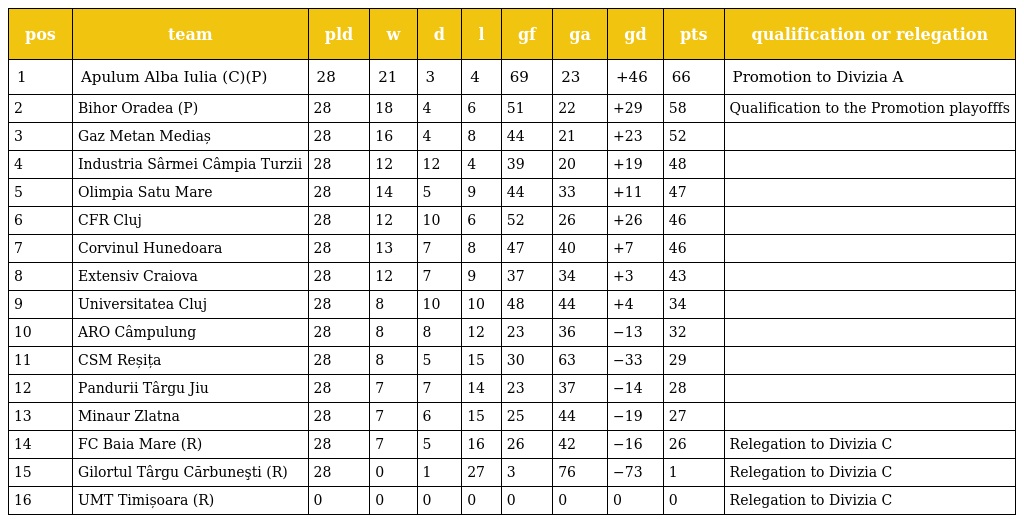
| pos | team | pld | w | d | l | gf | ga | gd | pts | qualification or relegation |
 | --- | --- | --- | --- | --- | --- | --- | --- | --- | --- | --- |
 | 1 | Apulum Alba Iulia (C)(P) | 28 | 21 | 3 | 4 | 69 | 23 | +46 | 66 | Promotion to Divizia A |
 | 2 | Bihor Oradea (P) | 28 | 18 | 4 | 6 | 51 | 22 | +29 | 58 | Qualification to the Promotion playofffs |
 | 3 | Gaz Metan Mediaș | 28 | 16 | 4 | 8 | 44 | 21 | +23 | 52 |  |
 | 4 | Industria Sârmei Câmpia Turzii | 28 | 12 | 12 | 4 | 39 | 20 | +19 | 48 |  |
 | 5 | Olimpia Satu Mare | 28 | 14 | 5 | 9 | 44 | 33 | +11 | 47 |  |
 | 6 | CFR Cluj | 28 | 12 | 10 | 6 | 52 | 26 | +26 | 46 |  |
 | 7 | Corvinul Hunedoara | 28 | 13 | 7 | 8 | 47 | 40 | +7 | 46 |  |
 | 8 | Extensiv Craiova | 28 | 12 | 7 | 9 | 37 | 34 | +3 | 43 |  |
 | 9 | Universitatea Cluj | 28 | 8 | 10 | 10 | 48 | 44 | +4 | 34 |  |
 | 10 | ARO Câmpulung | 28 | 8 | 8 | 12 | 23 | 36 | −13 | 32 |  |
 | 11 | CSM Reșița | 28 | 8 | 5 | 15 | 30 | 63 | −33 | 29 |  |
 | 12 | Pandurii Târgu Jiu | 28 | 7 | 7 | 14 | 23 | 37 | −14 | 28 |  |
 | 13 | Minaur Zlatna | 28 | 7 | 6 | 15 | 25 | 44 | −19 | 27 |  |
 | 14 | FC Baia Mare (R) | 28 | 7 | 5 | 16 | 26 | 42 | −16 | 26 | Relegation to Divizia C |
 | 15 | Gilortul Târgu Cărbuneşti (R) | 28 | 0 | 1 | 27 | 3 | 76 | −73 | 1 | Relegation to Divizia C |
 | 16 | UMT Timișoara (R) | 0 | 0 | 0 | 0 | 0 | 0 | 0 | 0 | Relegation to Divizia C |